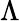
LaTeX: \Lambda